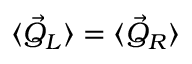
\langle \vec { Q } _ { L } \rangle = \langle \vec { Q } _ { R } \rangle